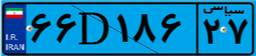
۶۶D۱۸۶۲۷